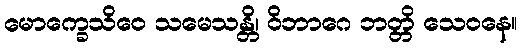
မောက္ခေသိဝေ သမေသန္တိ၊ ဝိဘာဂေ ဘတ္တိ သေဝနေ။